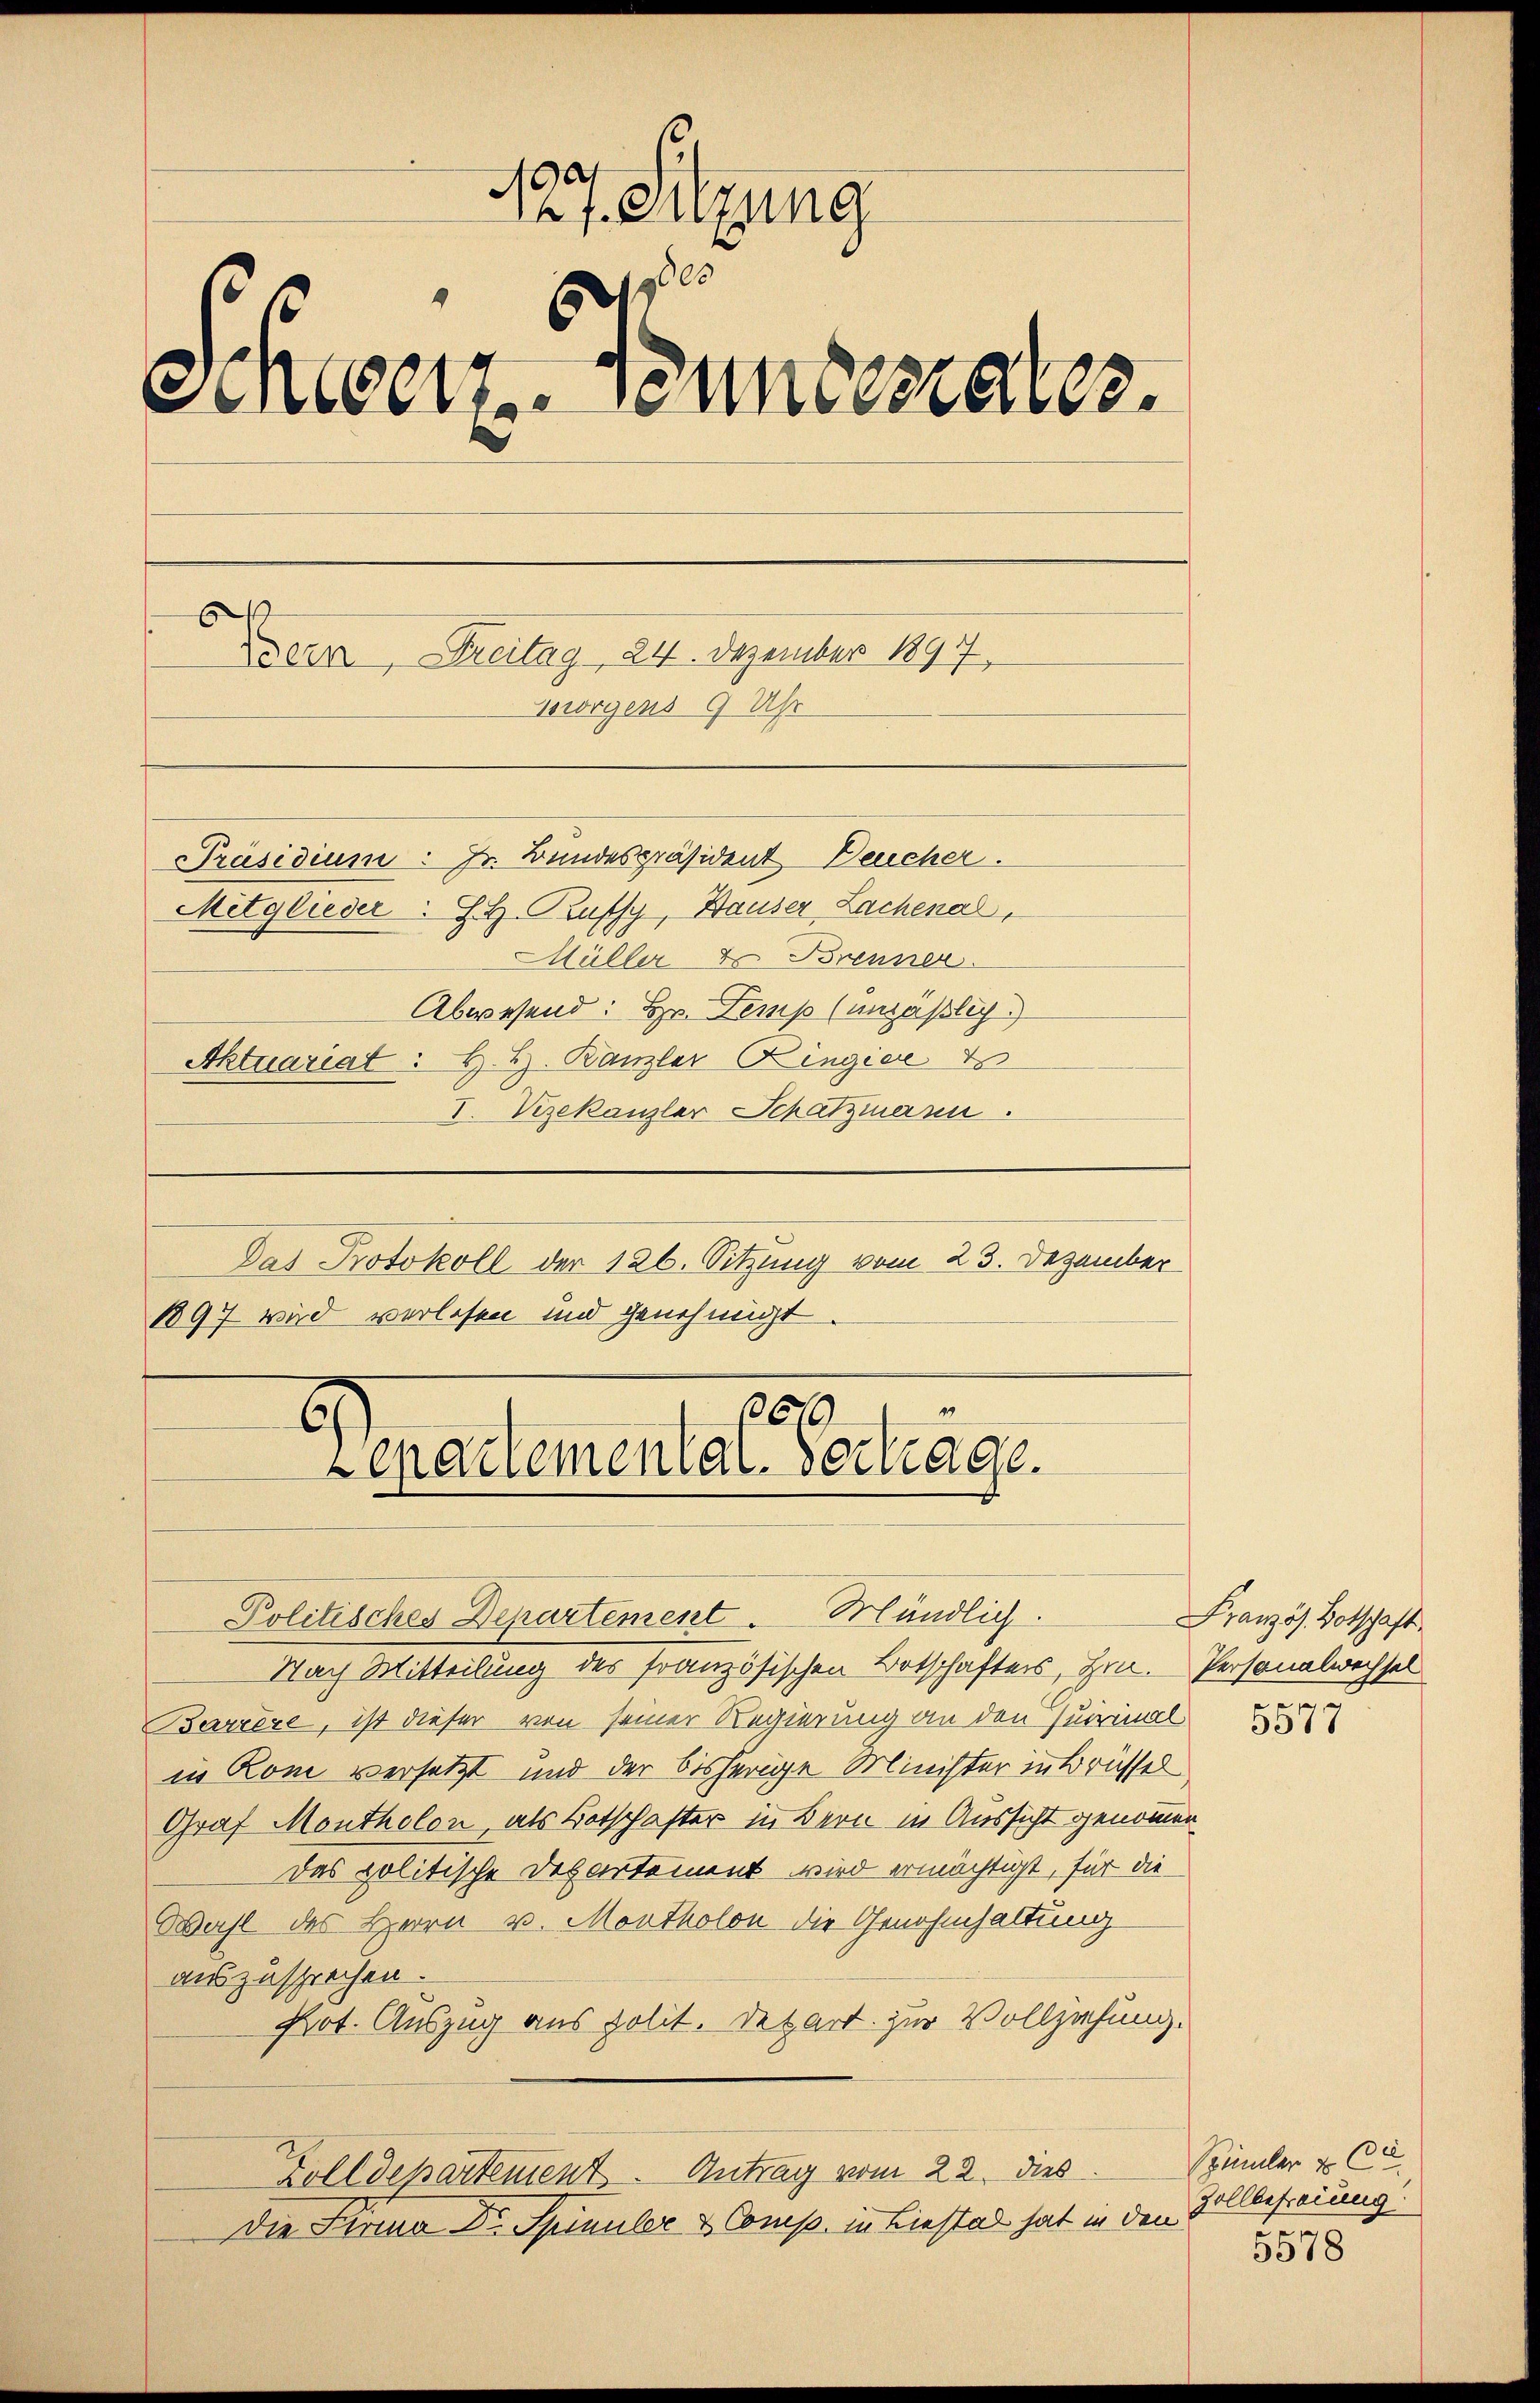
127. Sitzung
Schwerz-Punteriales.
Bern, Freitag 24. Dezember 1897.
Borgens 9 Uhr
Präsidium: Jr. Bundespräsident Deucher.
Mitglieder: J. H. Prufsy, Hauser Lachenal,
Müller & Brenner
Abwesend: Hr. Temp (unzäßlich
Aktuariat : H. H. Kanzler Ringiere
I. Vizekanzler Schatzmann

Das Protokoll der 126. Sitzung vom 23. Dezember
1897 wird verlesen und genehmigt.

49
3619
Zepartemental-Vertrage.
Politisches Departement Mändlich.
Nach Mitteilung des Französischen Botschafters, Hrn. Personalwechsel

Barrère, ist dieser von seiner Regierung an den Quirimal
in Rom versetzt und der bisherige Minister in Brüssel
Graf Montholon, als Botschafter in Bern in Aussicht genommen
Das politische Departement wird ermächtigt, für die
Wahl des Herrn v. Montholon die Genehmhaltung
auszusprochen.
Pot. Auszug aus polit. Detart zur Vollziehung.
Golldepartement. Antrag vom 22. dies
Die Firma Dr. Spinuler & Comp. in Liestal hat in den

Französ. Botschaft
.

Spümmler v. Ce
Zollbefreiung.
5578